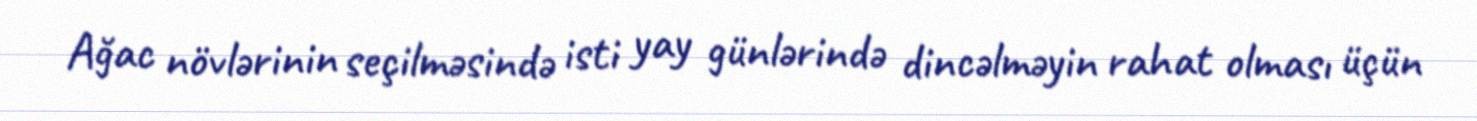
Ağac növlərinin seçilməsində isti yay günlərində dincəlməyin rahat olması üçün